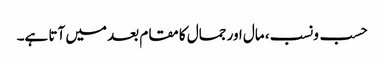
حسب ونسب، مال اور جمال کا مقام بعد میں آتا ہے۔